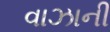
વાઝાની